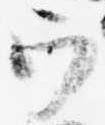
ウ